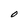
Character: O